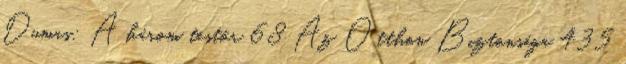
Dumas: A három testőr 68 Az Otthon Biztonsága 435